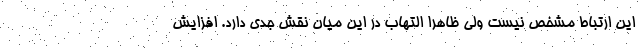
این ارتباط مشخص نیست ولی ظاهرا التهاب در این میان نقش جدی دارد. افزایش